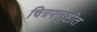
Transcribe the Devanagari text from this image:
चित्रपसृष्टीत